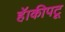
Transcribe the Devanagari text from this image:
हॅाकीपटू